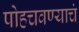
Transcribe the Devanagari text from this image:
पोहचवण्याचं